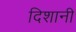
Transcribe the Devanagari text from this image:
दिशानी